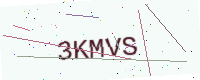
Text: 3KMVS